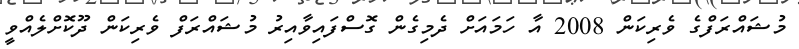
މުޝައްރަފްގެ ވެރިކަން 2008 އާ ހަމައަށް ދެމިގެން ގޮސްފައިވާއިރު މުޝައްރަފް ވެރިކަން ދޫކޮށްލެއްވީ